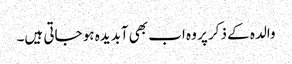
والدہ کے ذکر پر وہ اب بھی آبدیدہ ہو جاتی ہیں۔